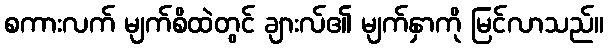
စကားလက် မျက်စိထဲတွင် ချားလ်၏ မျက်နှာကို မြင်လာသည်။